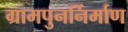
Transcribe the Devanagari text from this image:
ग्रामपुनर्निर्माण